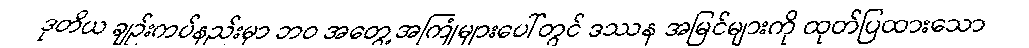
ဒုတိယ ချဉ်းကပ်နည်းမှာ ဘဝ အတွေ့အကြုံများပေါ်တွင် ဒဿန အမြင်များကို ထုတ်ပြထားသော